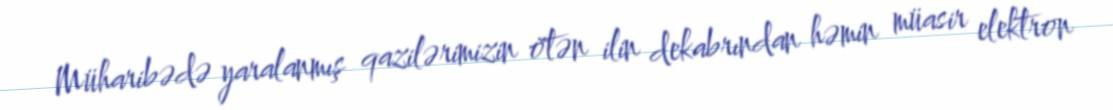
Müharibədə yaralanmış qazilərimizin ötən ilin dekabrından həmin müasir elektron